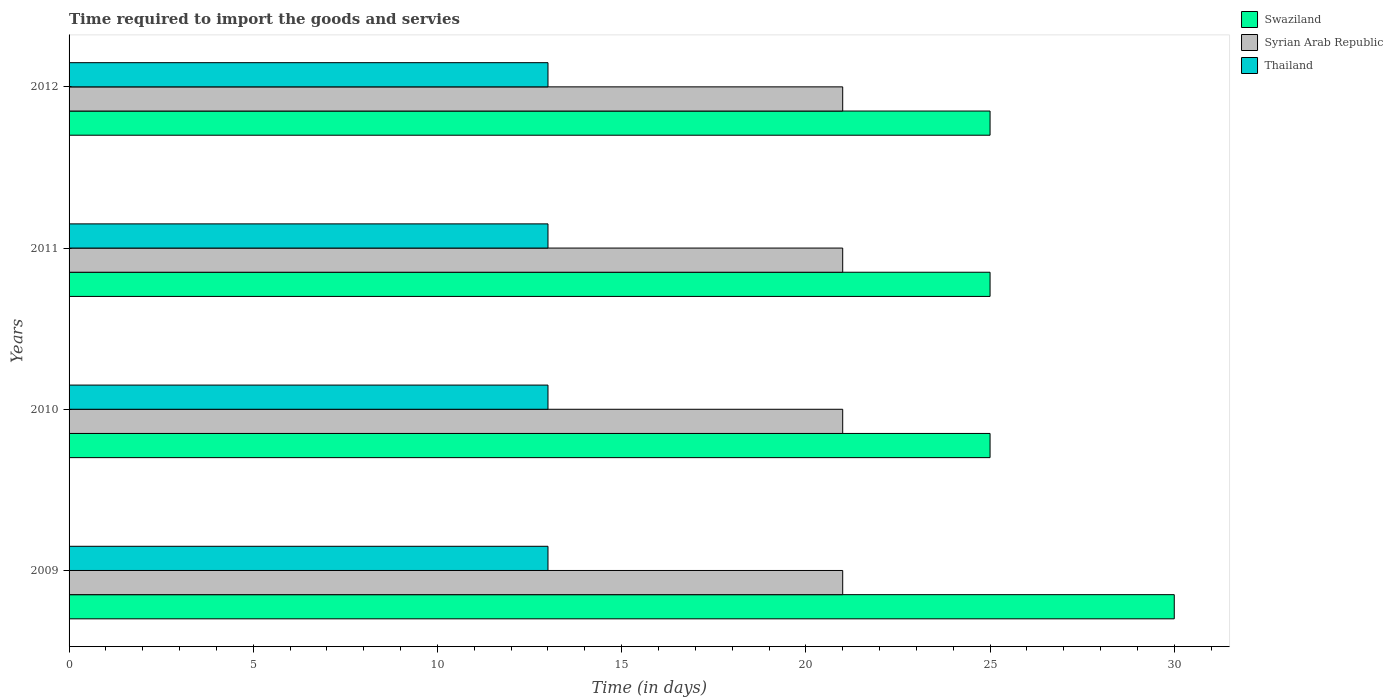
| Years | Swaziland | Syrian Arab Republic | Thailand |
 | --- | --- | --- | --- |
 | 2009 | 30 | 21 | 13 |
 | 2010 | 25 | 21 | 13 |
 | 2011 | 25 | 21 | 13 |
 | 2012 | 25 | 21 | 13 |